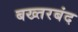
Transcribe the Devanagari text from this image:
बख्‍तरबंद